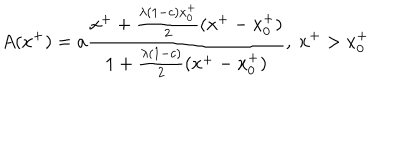
A ( x ^ { + } ) = a { \frac { x ^ { + } + { \frac { \lambda ( 1 - c ) x _ { 0 } ^ { + } } { 2 } } ( x ^ { + } - x _ { 0 } ^ { + } ) } { 1 + { \frac { \lambda ( 1 - c ) } { 2 } } ( x ^ { + } - x _ { 0 } ^ { + } ) } } , \ x ^ { + } > x _ { 0 } ^ { + }